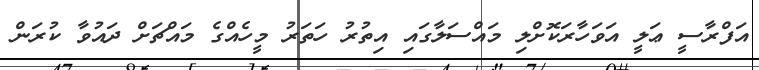
އަފްރާސީ ޢަލީ އަވަހާރަކޮށްލި މައްސަލާގައި އިތުރު ހަތަރު މީހެއްގެ މައްޗަށް ދައުވާ ކުރަން